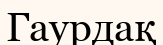
Гаурдақ